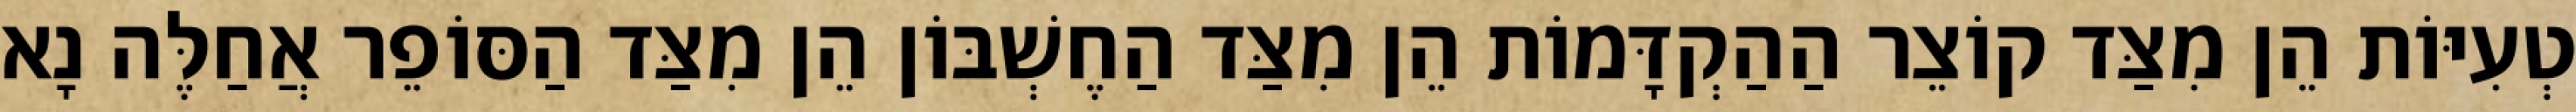
טְעִיּוֹת הֵן מִצַּד קוֹצֵר הַהַקְדָּמוֹת הֵן מִצַּד הַחֶשְׁבּוֹן הֵן מִצַּד הַסּוֹפֵר אֲחַלֶּה נָא